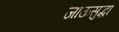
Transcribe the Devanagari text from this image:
जाऊसुद्धा